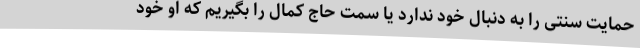
حمایت سنتی را به دنبال خود ندارد یا سمت حاج کمال را بگیریم که او خود